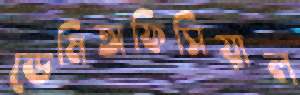
ডেমিঅফিসিয়াল